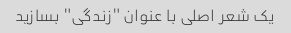
یک شعر اصلی با عنوان "زندگی" بسازید